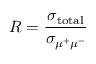
R = { \frac { \sigma _ { \mathrm { t o t a l } } } { \sigma _ { \mu ^ { + } \mu ^ { - } } } }